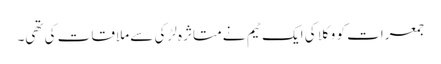
جمعرات کو وکلا کی ایک ٹیم نے متاثرہ لڑکی سے ملاقات کی تھی۔